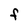
Character: F